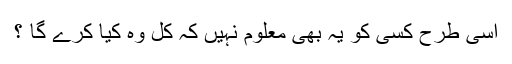
اسی طرح کسی کو یہ بھی معلوم نہیں کہ کل وہ کیا کرے گا ؟